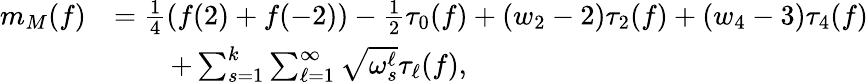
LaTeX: \begin{array}{rl}{m_{M}(f)}&{=\frac{1}{4}\left(f(2)+f(-2)\right)-\frac{1}{2}\tau_{0}(f)+(w_{2}-2)\tau_{2}(f)+(w_{4}-3)\tau_{4}(f)}\\ &{\qquad+\sum_{s=1}^{k}\sum_{\ell=1}^{\infty}\sqrt{\omega_{s}^{\ell}}\tau_{\ell}(f),}\end{array}